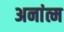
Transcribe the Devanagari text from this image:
अनांत्म